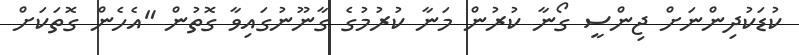
ކުޑަކުދިންނަށް ޖިންސީ ގޯނާ ކުރުން މަނާ ކުރުމުގެ ގާނޫނުގައިވާ ގޮތުން "އެހެން ގޮތަކަށް